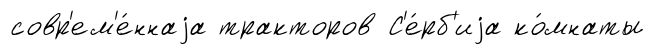
совр'ем'е́ннаjа тракторов С'е́рб'иjа ко́мнаты